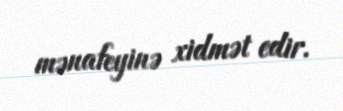
mənafeyinə xidmət edir.